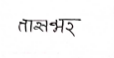
मजकूर: तासभर